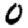
Digit: 0